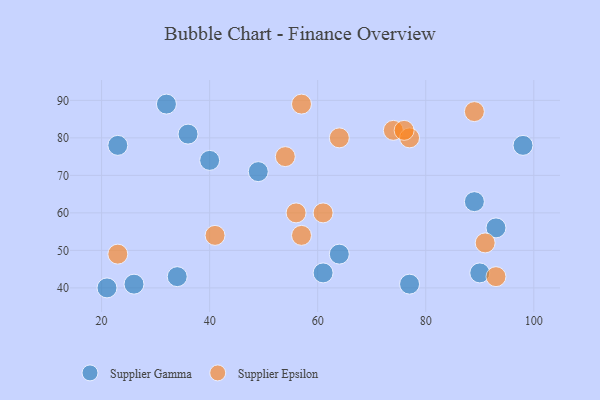
{"axis": {"x": "GDP", "y": "Life Expectancy"}, "legend": ["Supplier Epsilon", "Supplier Gamma"], "data": [{"x": "89", "y": 63, "type": "Supplier Gamma"}, {"x": "90", "y": 44, "type": "Supplier Gamma"}, {"x": "40", "y": 74, "type": "Supplier Gamma"}, {"x": "93", "y": 56, "type": "Supplier Gamma"}, {"x": "98", "y": 78, "type": "Supplier Gamma"}, {"x": "64", "y": 49, "type": "Supplier Gamma"}, {"x": "36", "y": 81, "type": "Supplier Gamma"}, {"x": "26", "y": 41, "type": "Supplier Gamma"}, {"x": "49", "y": 71, "type": "Supplier Gamma"}, {"x": "21", "y": 40, "type": "Supplier Gamma"}, {"x": "77", "y": 41, "type": "Supplier Gamma"}, {"x": "23", "y": 78, "type": "Supplier Gamma"}, {"x": "34", "y": 43, "type": "Supplier Gamma"}, {"x": "61", "y": 44, "type": "Supplier Gamma"}, {"x": "32", "y": 89, "type": "Supplier Gamma"}, {"x": "74", "y": 82, "type": "Supplier Epsilon"}, {"x": "77", "y": 80, "type": "Supplier Epsilon"}, {"x": "76", "y": 82, "type": "Supplier Epsilon"}, {"x": "93", "y": 43, "type": "Supplier Epsilon"}, {"x": "91", "y": 52, "type": "Supplier Epsilon"}, {"x": "61", "y": 60, "type": "Supplier Epsilon"}, {"x": "57", "y": 89, "type": "Supplier Epsilon"}, {"x": "89", "y": 87, "type": "Supplier Epsilon"}, {"x": "64", "y": 80, "type": "Supplier Epsilon"}, {"x": "23", "y": 49, "type": "Supplier Epsilon"}, {"x": "54", "y": 75, "type": "Supplier Epsilon"}, {"x": "56", "y": 60, "type": "Supplier Epsilon"}, {"x": "57", "y": 54, "type": "Supplier Epsilon"}, {"x": "41", "y": 54, "type": "Supplier Epsilon"}]}